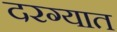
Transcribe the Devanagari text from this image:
दरग्यात